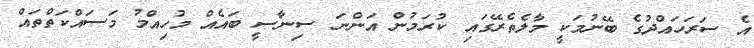
އެ ސަރަހައްދުގެ ބޭނުމަކީ މާލެތެރޭގައި ކުރަމުން އަންނަ ސިނާސީ ބައެއް މުހިއްމު މަސައްކަތްތައް